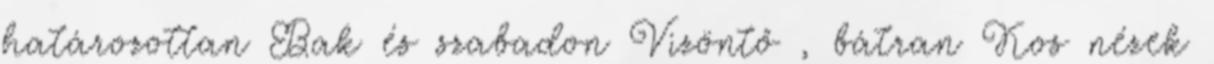
határozottan Bak és szabadon Vizöntő , bátran Kos nézek